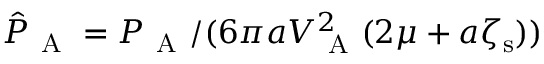
\hat { P } _ { \mathrm { ~ A ~ } } = P _ { \mathrm { ~ A ~ } } / ( 6 \pi a V _ { \mathrm { ~ A ~ } } ^ { 2 } ( 2 \mu + a \zeta _ { \mathrm { s } } ) )